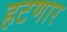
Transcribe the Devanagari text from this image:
हटणार